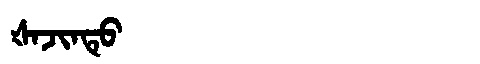
Manchu: ᡧᠠᠵᡳᠨᡨᡠ
Romanization: ŠAJINTU